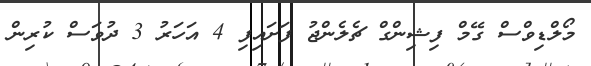
މޯލްޑިވްސް ގޭމް ފިޝިންގް ޗެލެންޖު ފަށައިފި 4 އަހަރު 3 ދުވަސް ކުރިން